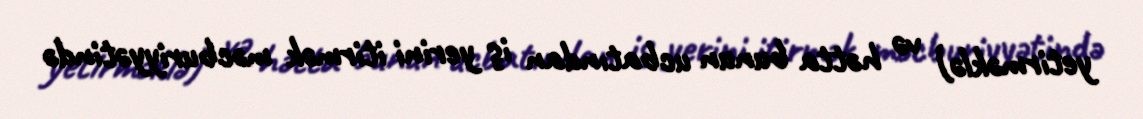
yetirməklə) və hətta bunun ucbatından iş yerini itirmək məcburiyyətində